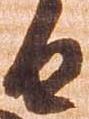
由